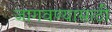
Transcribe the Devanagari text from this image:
जागवण्यासाठी